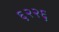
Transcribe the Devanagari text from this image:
६२२६